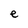
Character: e